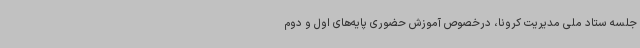
جلسه ستاد ملی مدیریت کرونا، درخصوص آموزش حضوری پایه‌های اول و دوم